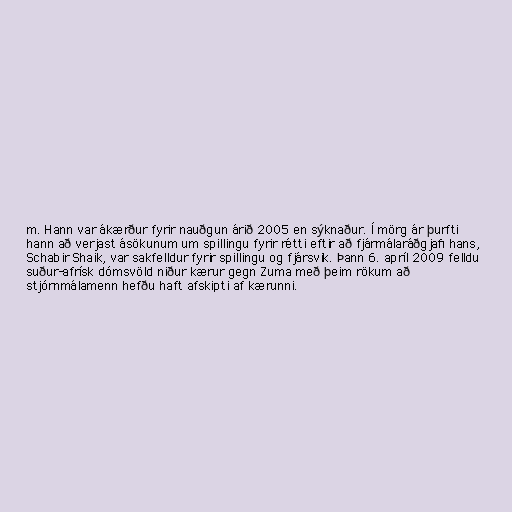
m. Hann var ákærður fyrir nauðgun árið 2005 en sýknaður. Í mörg ár þurfti
hann að verjast ásökunum um spillingu fyrir rétti eftir að fjármálaráðgjafi hans,
Schabir Shaik, var sakfelldur fyrir spillingu og fjársvik. Þann 6. apríl 2009 felldu
suður-afrísk dómsvöld niður kærur gegn Zuma með þeim rökum að
stjórnmálamenn hefðu haft afskipti af kærunni.